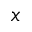
x